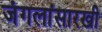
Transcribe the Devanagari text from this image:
जंगलांसारखी